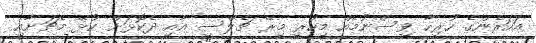
އަހަރެންގެ ހުރިހާ ވިސްނުމެއް މިހުރީ މިރޭ ޗެލްސީ އާއި ދެކޮޅަށް ކުޅޭ މެޗަށާއި